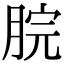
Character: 脘